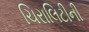
ચિરાલિટીની